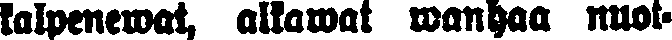
kalpenewat, alkawat wanhaa nuot-